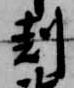
剋